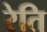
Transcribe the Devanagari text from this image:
रेति